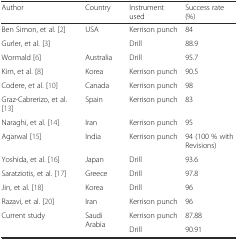
| Author | Country | Instrument used | Success rate (%) |
 | --- | --- | --- | --- |
 | Ben Simon, et al. [2] | USA | Kerrison punch | 84 |
 | Gurler, et al. [3] |  | Drill | 88.9 |
 | Wormald [6] | Australia | Drill | 95.7 |
 | Kim, et al. [8] | Korea | Kerrison punch | 90.5 |
 | Codere, et al. [10] | Canada | Kerrison punch | 98 |
 | Graz-Cabrerizo, et al. [13] | Spain | Kerrison punch | 83 |
 | Naraghi, et al. [14] | Iran | Kerrison punch | 95 |
 | Agarwal [15] | India | Kerrison punch | 94 (100 % with Revisions) |
 | Yoshida, et al. [16] | Japan | Drill | 93.6 |
 | Saratziotis, et al. [17] | Greece | Drill | 97.8 |
 | Jin, et al. [18] | Korea | Drill | 96 |
 | Razavi, et al. [20] | Iran | Kerrison punch | 96 |
 | <ROWSPAN=2> Current study | <ROWSPAN=2> Saudi Arabia | Kerrison punch | 87.88 |
 | Drill | 90.91 |